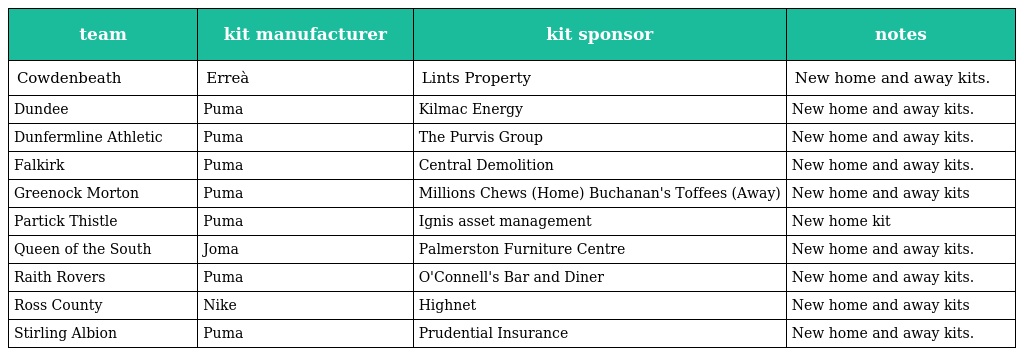
| team | kit manufacturer | kit sponsor | notes |
 | --- | --- | --- | --- |
 | Cowdenbeath | Erreà | Lints Property | New home and away kits. |
 | Dundee | Puma | Kilmac Energy | New home and away kits. |
 | Dunfermline Athletic | Puma | The Purvis Group | New home and away kits. |
 | Falkirk | Puma | Central Demolition | New home and away kits. |
 | Greenock Morton | Puma | Millions Chews (Home) Buchanan's Toffees (Away) | New home and away kits |
 | Partick Thistle | Puma | Ignis asset management | New home kit |
 | Queen of the South | Joma | Palmerston Furniture Centre | New home and away kits. |
 | Raith Rovers | Puma | O'Connell's Bar and Diner | New home and away kits. |
 | Ross County | Nike | Highnet | New home and away kits |
 | Stirling Albion | Puma | Prudential Insurance | New home and away kits. |